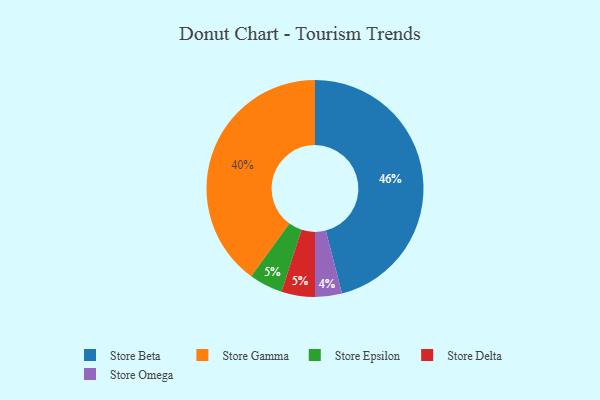
{"axis": {"x": "Category", "y": "Percentage"}, "legend": ["Store Beta", "Store Delta", "Store Epsilon", "Store Gamma", "Store Omega"], "data": [{"x": "Store Beta", "y": 46, "type": "Store Beta"}, {"x": "Store Omega", "y": 4, "type": "Store Omega"}, {"x": "Store Gamma", "y": 40, "type": "Store Gamma"}, {"x": "Store Epsilon", "y": 5, "type": "Store Epsilon"}, {"x": "Store Delta", "y": 5, "type": "Store Delta"}]}